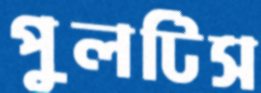
পুলটিস